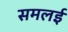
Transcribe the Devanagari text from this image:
समलई